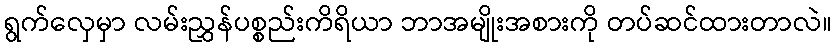
ရွက်လှေမှာ လမ်းညွှန်ပစ္စည်းကိရိယာ ဘာအမျိုးအစားကို တပ်ဆင်ထားတာလဲ။